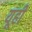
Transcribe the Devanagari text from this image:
यूही